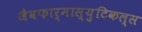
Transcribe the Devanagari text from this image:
जैवफार्मास्युटिकल्स